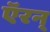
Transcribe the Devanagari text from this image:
ऍरन्